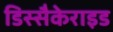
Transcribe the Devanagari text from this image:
डिस्सैकेराइड